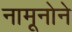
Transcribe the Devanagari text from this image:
नामूनोने